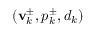
( \mathbf { v } _ { k } ^ { \pm } , p _ { k } ^ { \pm } , d _ { k } )